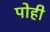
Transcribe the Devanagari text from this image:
पोही